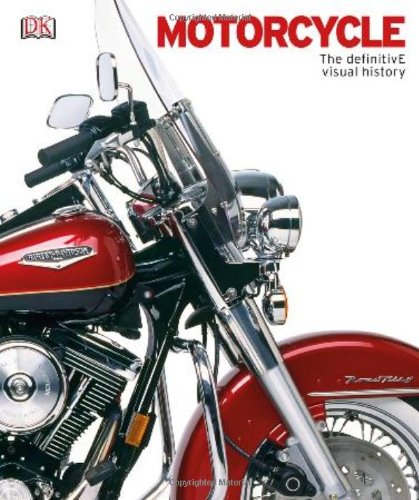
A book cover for Motorcycle: The Definitive Visual History; DK Publishing; Engineering & Transportation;